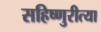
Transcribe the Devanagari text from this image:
सहिष्णुरीत्या